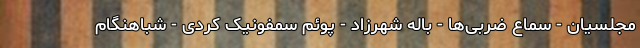
مجلسیان - سماع ضربی‌ها - بالهٔ شهرزاد - پوئم سمفونیک کردی - شباهنگام